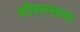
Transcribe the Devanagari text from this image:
जीवनसत्य